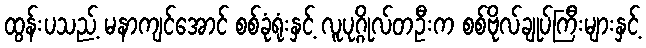
ထွန်းပသည့် မနာကျင်အောင် စစ်ခုံရုံးနှင့် လူပုဂ္ဂိုလ်တဦးက စစ်ဗိုလ်ချုပ်ကြီးများနှင့်